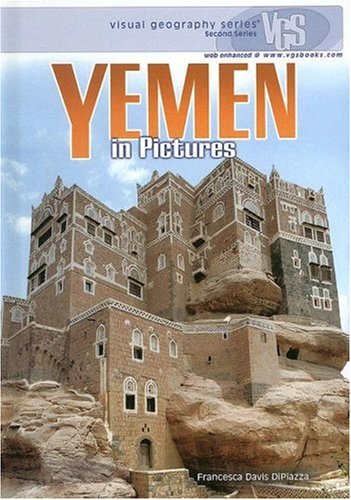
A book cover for Yemen in Pictures (Visual Geography (Twenty-First Century)); Francesca Davis Dipiazza; History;